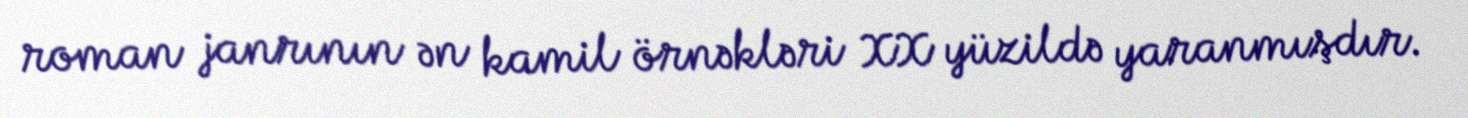
roman janrının ən kamil örnəkləri XX yüzildə yaranmışdır.